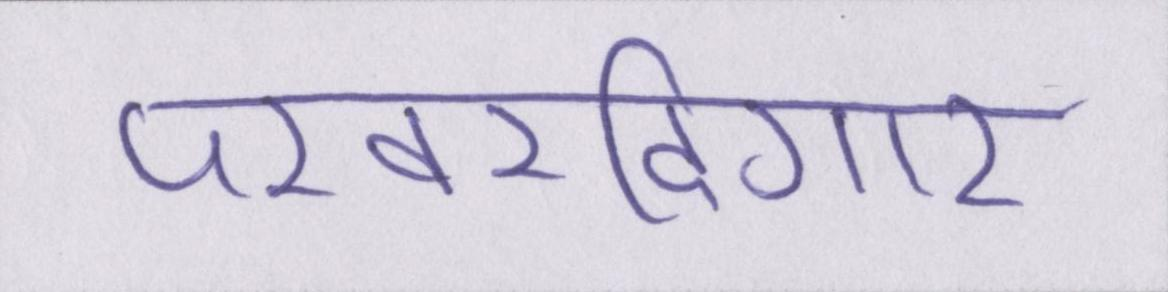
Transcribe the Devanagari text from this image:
परवरदिगार